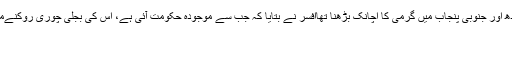
بجلی کی طلب میں اچانک اضافہ کی وجہ سندھ اور جنوبی پنجاب میں گرمی کا اچانک بڑھنا تھاافسر نے بتایا کہ جب سے موجودہ حکومت آئی ہے، اس کی بجلی چوری روکنےمکمل خبر پڑھنے کیلئے یہاں پر کلک کیجئے
09/03/2014 - 14:12:28 :وقت اشاعت
:متعلقہ عنوان سندھبجلیپنجاب